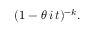
( 1 - \theta \, i \, t ) ^ { - k } .